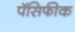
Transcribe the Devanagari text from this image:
पॅसिफीक